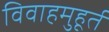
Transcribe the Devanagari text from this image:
विवाहमुहूर्त